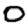
Digit: 0